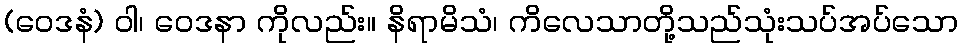
(ဝေဒနံ) ဝါ၊ ဝေဒနာ ကိုလည်း။ နိရာမိသံ၊ ကိလေသာတို့သည်သုံးသပ်အပ်သော